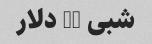
شبی 79 دلار